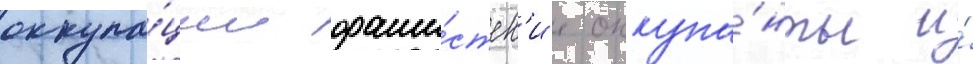
оккупа́ции фаши́стск'ие оккупа́нты и́